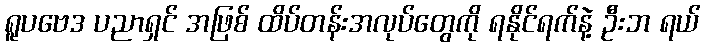
ရူပဗေဒ ပညာရှင် အဖြစ် ထိပ်တန်းအလုပ်တွေကို ရနိုင်ရက်နဲ့ ဦးဘ ရယ်